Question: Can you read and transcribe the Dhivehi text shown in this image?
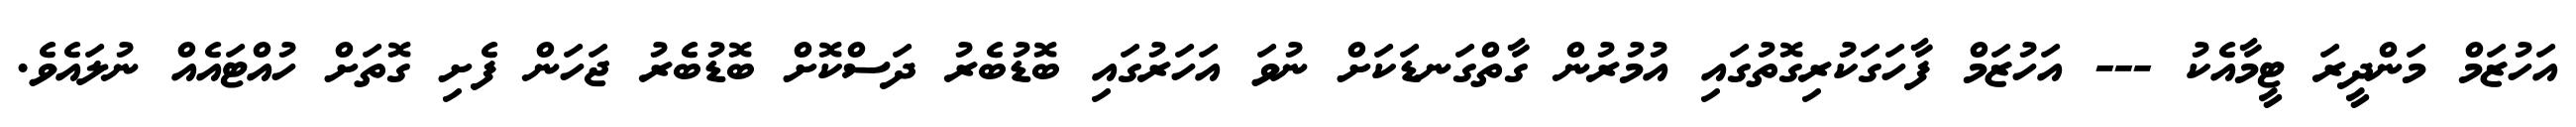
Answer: އަހުޒަމް މަންދީރަ ޓީމާއެކު --- އަހުޒަމް ފާހަގަކުރިގޮތުގައި އުމުރުން ގާތްގަނޑަކަށް ނުވަ އަހަރުގައި ބޮޑުބެރު ދަސްކޮށް ބޮޑުބެރު ޖަހަން ފެށި ގޮތަށް ހުއްޓައެއް ނުލައެވެ.